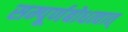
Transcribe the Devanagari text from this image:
सम्पूर्णबोधत्वात्